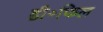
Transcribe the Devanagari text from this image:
डी॰फिल